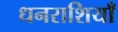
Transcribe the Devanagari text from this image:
धनराशियाँ